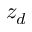
z _ { d }